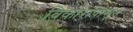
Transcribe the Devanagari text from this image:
विकारांपासून